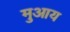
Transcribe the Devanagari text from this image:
मुआय